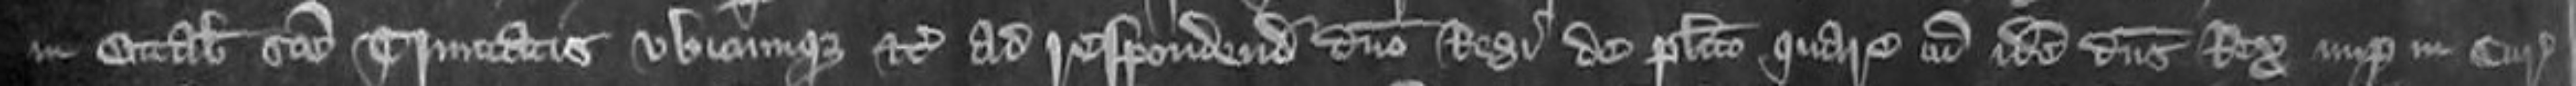
in Octabis Sancte Trinitatis ubicumque etc ad respondendum domino regi de placito quare cum idem dominus Rex nuper in Curia